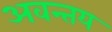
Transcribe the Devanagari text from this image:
अवन्तय